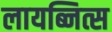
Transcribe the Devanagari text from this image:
लायब्नित्स